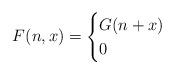
LaTeX: \begin{align*}F(n,x) = \begin{cases} G(n+x)\ &\\ 0 & \end{cases}\end{align*}